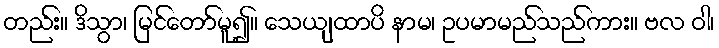
တည်း။ ဒိသွာ၊ မြင်တော်မူ၍။ သေယျထာပိ နာမ၊ ဥပမာမည်သည်ကား။ ဗလ ဝါ၊